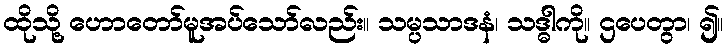
ထိုသို့ ဟောတော်မူအပ်သော်လည်း။ သမ္ပသာဒနံ၊ သဒ္ဓါကို။ ဌပေတွာ၊ ၍။